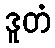
ဒူတံ